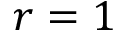
r = 1